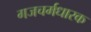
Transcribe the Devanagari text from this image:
गजचर्मधारक